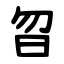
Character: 曶